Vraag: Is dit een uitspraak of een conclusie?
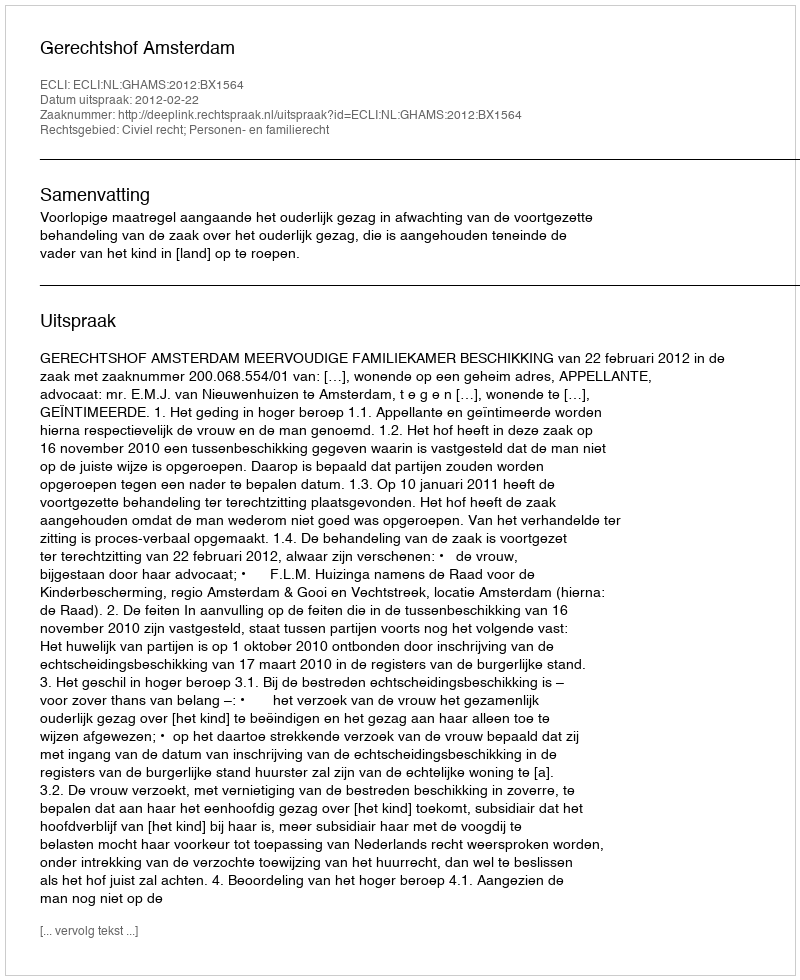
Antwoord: Uitspraak